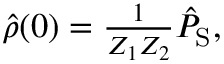
\begin{array} { r } { \hat { \rho } ( 0 ) = \frac { 1 } { Z _ { 1 } Z _ { 2 } } \hat { P } _ { \mathrm { S } } , } \end{array}